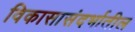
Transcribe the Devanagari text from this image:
विकासासंदर्भातील